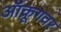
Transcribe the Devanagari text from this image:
ऑक्रूगवर